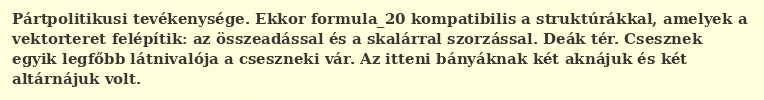
Pártpolitikusi tevékenysége. Ekkor formula_20 kompatibilis a struktúrákkal, amelyek a vektorteret felépítik: az összeadással és a skalárral szorzással. Deák tér. Csesznek egyik legfőbb látnivalója a cseszneki vár. Az itteni bányáknak két aknájuk és két altárnájuk volt.